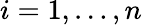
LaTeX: i=1,\ldots,n